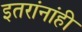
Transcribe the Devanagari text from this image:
इतरांनांही